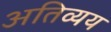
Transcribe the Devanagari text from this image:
अतिव्यय